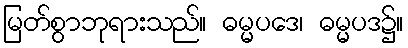
မြတ်စွာဘုရားသည်။ ဓမ္မပဒေ၊ ဓမ္မပဒ၌။